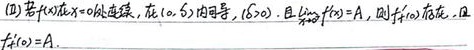
(2) 若\(f(x)\)在\(x = 0\)处连续，在\((0, \delta)\)内可导，\((\delta > 0)\)，且\(\lim\limits_{x \to 0^{+}} f'(x) = A\)，则\(f_{+}'(0)\)存在，且\(f_{+}'(0)=A\)。